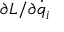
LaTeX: \partial L / \partial { \dot { q } } _ { i }